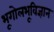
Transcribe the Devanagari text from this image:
भूगोलभूविज्ञान